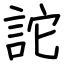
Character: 詑